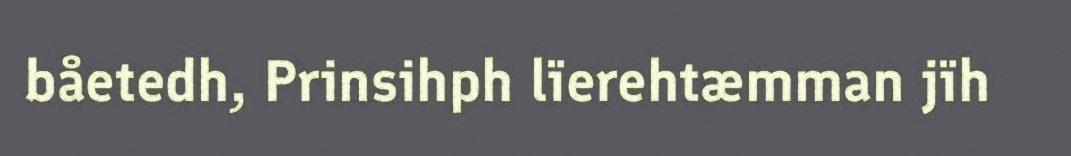
båetedh, Prinsihph lïerehtæmman jïh